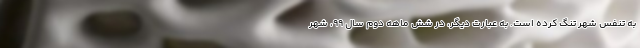
به تنفس شهر تنگ کرده است. به عبارت دیگر، در شش ماهه دوم سال ۹۹، شهر